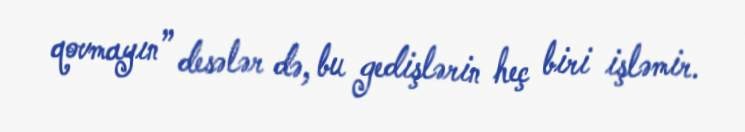
qovmayın” desələr də, bu gedişlərin heç biri işləmir.